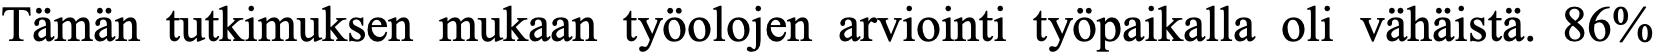
Tämän tutkimuksen mukaan työolojen arviointi työpaikalla oli vähäistä. 86%